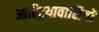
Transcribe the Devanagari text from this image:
आस्ट्रियावासियों